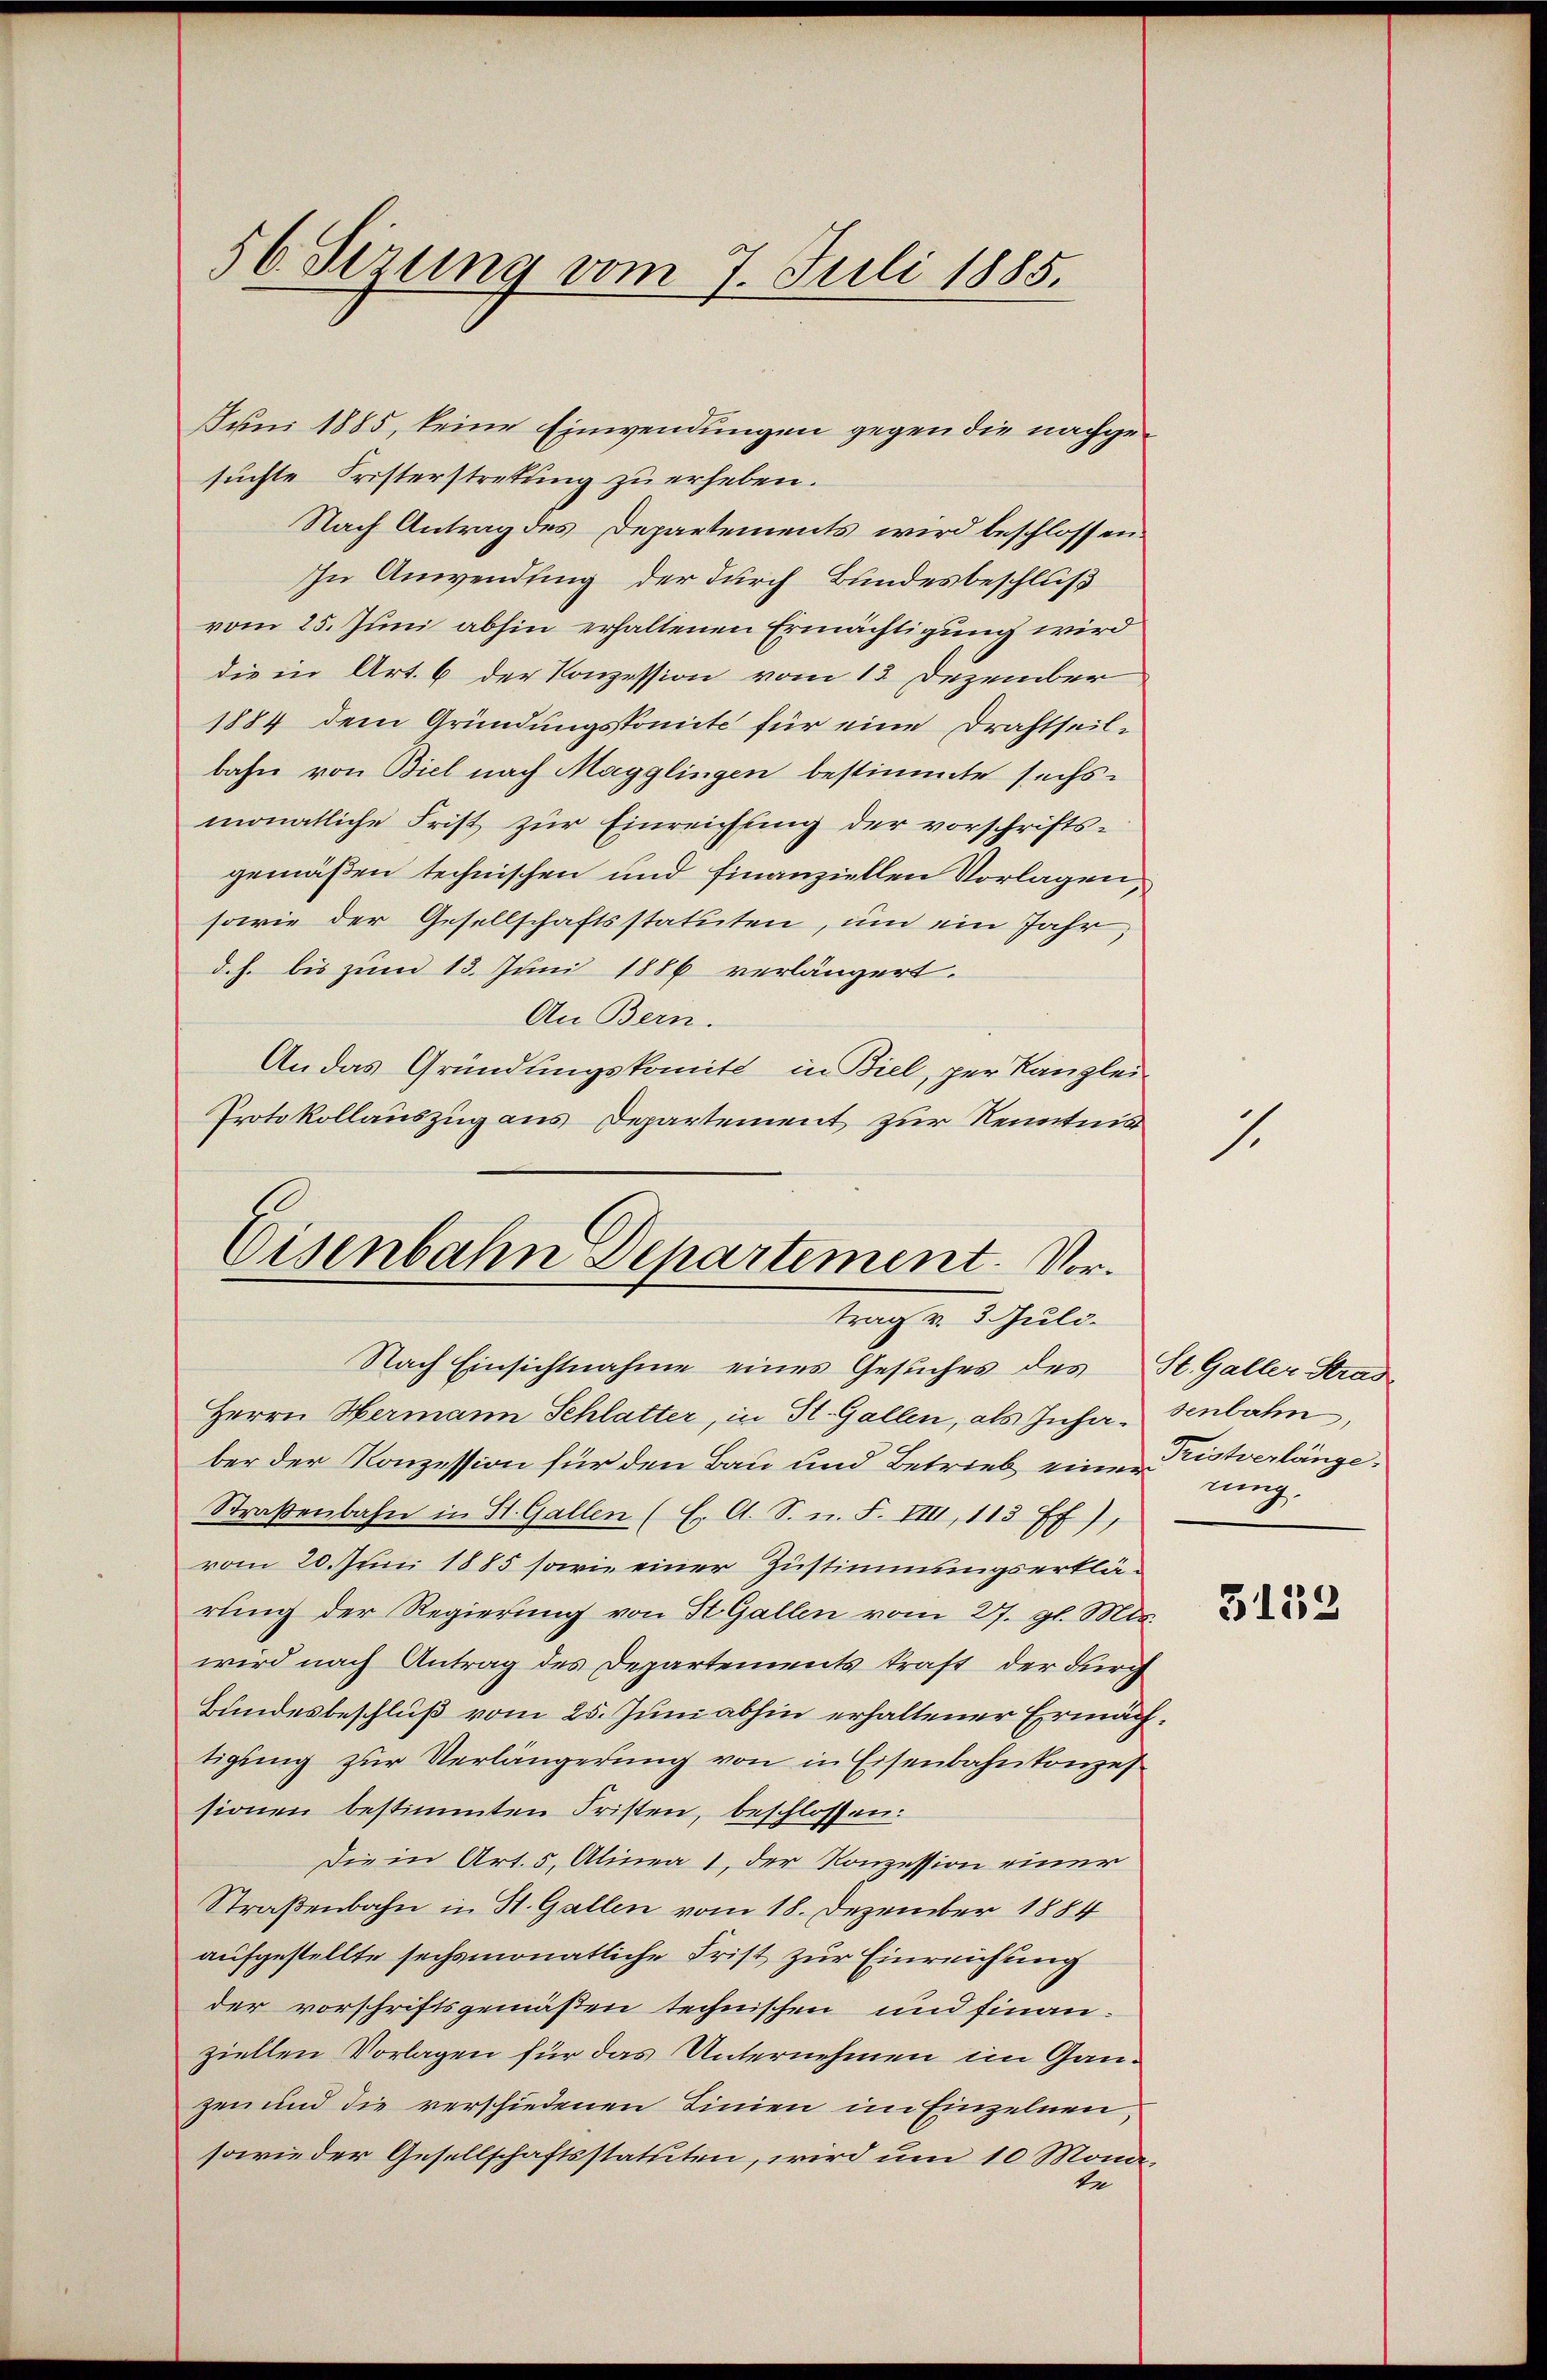
56. Sirung vom 7. Juli 1885.

Juni 1885, keine Einwendungen gegen die nachgesuchte Fristerstretung zu erheben.
Nach Antrag des Departements wird beschlossen.
In Anwending der durch Bundesbeschluß
vom 25. Juni abhin erhaltenen Ermächtigung wird
die in Art. 6 der Konzession vom 13. Dezember
1884 dem Gründungskomite für eine Drahtseil-
bahn von Biel nach Magglingen bestimmte sechs-
monatliche Frist zur Einreichung der vorschriftsgemäßen technischen und finanziellen Vorlagen,
sowie der Gesellschaftsstatuten, um ein Jahr,
d. h. bis zum 13. Juni 1886 verlängert.
An Bern.
An das Gründungskomite in Biel, per Kanzlei-
Protokollauszug aus Departement zur Kenntnis
Eisenbahn Departement. Vor¬

Nach Einsichtnahme eines Gesuches des St. Galler Stras
Herrn Hermann Schlatter, in St. Gallen, als Insa-senbahn,
ber der Konzession für den Bau und Betrieb eine Pistverlänge¬
Straβenbahn in St. Gallen (E. A. S. n. F. VIII, 113 ff.),
vom 20. Juni 1885 sowie einer Zustimmungserklärung der Regierung von St. Gallen vom 27. gl. Mts.
wird nach Antrag des Departements kraft der durch
Bundesbeschluß vom 25. Juni abhin erhaltener Ermächtigung zur Verlängerung von in Eisenbahnkonzes
sionen bestimmten Fristen, beschlossen:
Die in Art. 5, Alinea 1, der Konzession einer
Straßenbahn in St. Gallen vom 18. Dezember 1884
aufgestellte sechsmonatliche Frist zur Einreichung
der vorschriftsgemäßen technischen und finanziellen Vorlagen für das Unternehmen im Ganzen und die verschiedenen Linien im Einzelnen
sowie der Gesellschaftsstatuten, wird um 10 Monal

trag v. 3. Juli.

1.

rung.

5159